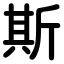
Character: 斯